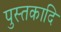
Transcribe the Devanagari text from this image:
पुस्तकादि